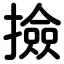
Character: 撿